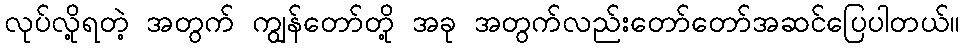
လုပ်လို့ရတဲ့ အတွက် ကျွန်တော်တို့ အခု အတွက်လည်းတော်တော်အဆင်ပြေပါတယ်။